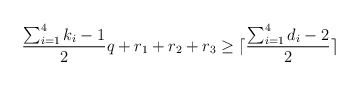
\begin{align*}\frac{\sum_{i=1}^4 k_i -1}{2} q + r_1 + r_2 + r_3 \ge \lceil \frac{\sum_{i=1}^4 d_i -2}{2} \rceil\end{align*}